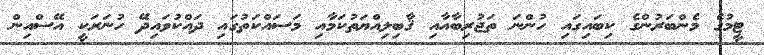
ޓީމުގެ މެންބަރުންގެ ކިބައިގައި ހުންނަ ތަޖުރިބާއާއި ޤާބިލިއްޔަތުކަމާއި މަސައްކަތުގައި ދައްކުވައިދޭ ހުނަރަކީ އޭސްއިން